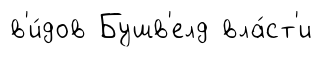
в'и́дов Бушв'елд вла́ст'и